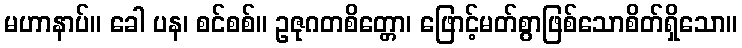
မဟာနာပ်။ ခေါ ပန၊ စင်စစ်။ ဥဇုဂတစိတ္တော၊ ဖြောင့်မတ်စွာဖြစ်သောစိတ်ရှိသော။